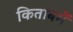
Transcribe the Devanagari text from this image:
किताबमें